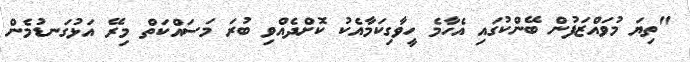
"ތިޔަ މުވައްޒަފުން ބޭންކުގައި އެހާމެ ހީވާގިކަމާއެކު ކޮށްދެއްވި ބުރަ މަސައްކަތް މިރޭ އަޅުގަނޑުމެން